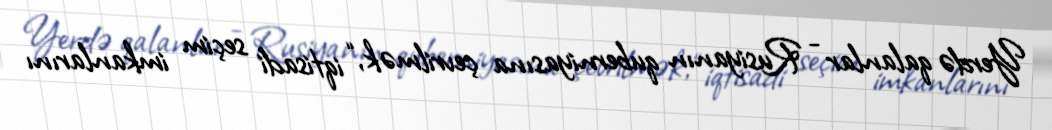
Yerdə qalanlar - Rusiyanın quberniyasına çevrilmək, “iqtisadi seçim imkanlarını